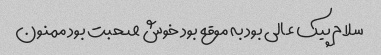
سلام پیک عالی بود به موقع بود خوش صحبت بود ممنون